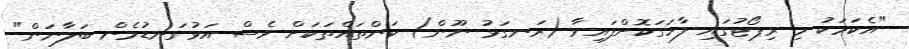
"އެކަމަކު މި ރިޕޯޓުގައި ފާހަގަކޮށްފައިވާ (ރަނގަޅު ނޫން) ކަންތައްތަކަށް ވެސް އަޅުގަނޑުމެން ބަލާނަން"